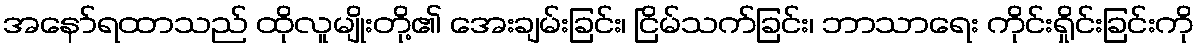
အနော်ရထာသည် ထိုလူမျိုးတို့၏ အေးချမ်းခြင်း၊ ငြိမ်သက်ခြင်း၊ ဘာသာရေး ကိုင်းရှိုင်းခြင်းကို